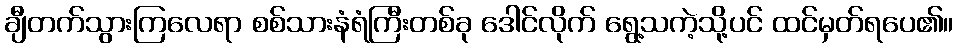
ချီတက်သွားကြလေရာ စစ်သားနံရံကြီးတစ်ခု ဒေါင်လိုက် ရွေ့သကဲ့သို့ပင် ထင်မှတ်ရပေ၏။